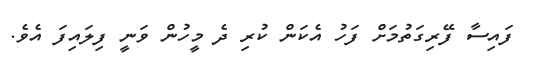
ފައިސާ ފޭރިގަތުމަށް ފަހު އެކަން ކުރި ދެ މީހުން ވަނީ ފިލައިފަ އެވެ.